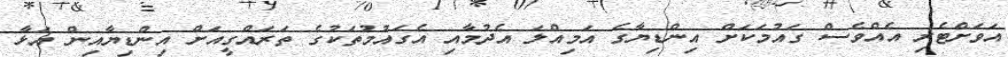
އަވަށްޓެރި އެއްވެސް ގައުމަކަށް އިންޑިޔާގެ އަމިއްލަ އެދުމާއި އެގައުމުތަކުގެ ތަރައްގީއަށް އިންޑިޔާއިން އަޅާ